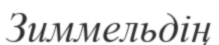
Зиммельдің